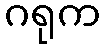
ဂရုက